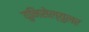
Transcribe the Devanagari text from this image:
युनिसेल्युलर